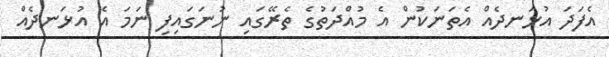
އެފަދަ އުޅަނދެއް އެތަނަކުން އެ މުއްދަތުގެ ތެރޭގައި ނުނަގައިފި ނަމަ އެ އުޅަނދެއް